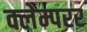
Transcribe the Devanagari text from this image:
क्लेम्परर